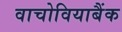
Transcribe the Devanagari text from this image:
वाचोवियाबैंक